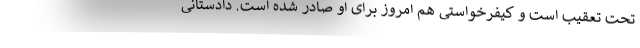
تحت تعقیب است و کیفرخواستی هم امروز برای او صادر شده است. دادستانی